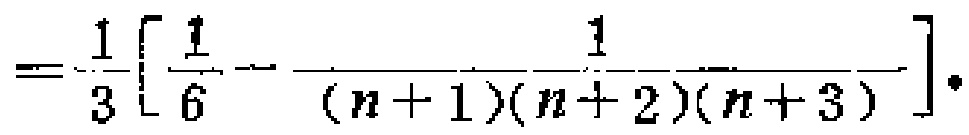
\(=\frac{1}{3}\left[\frac{1}{6}-\frac{1}{(n + 1)(n + 2)(n + 3)}\right].\)